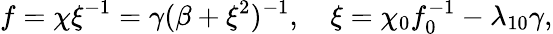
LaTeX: f=\chi\xi^{-1}=\gamma(\beta+\xi^{2})^{-1},\quad\xi=\chi_{0}f_{0}^{-1}-\lambda_{10}\gamma,